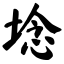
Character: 埝